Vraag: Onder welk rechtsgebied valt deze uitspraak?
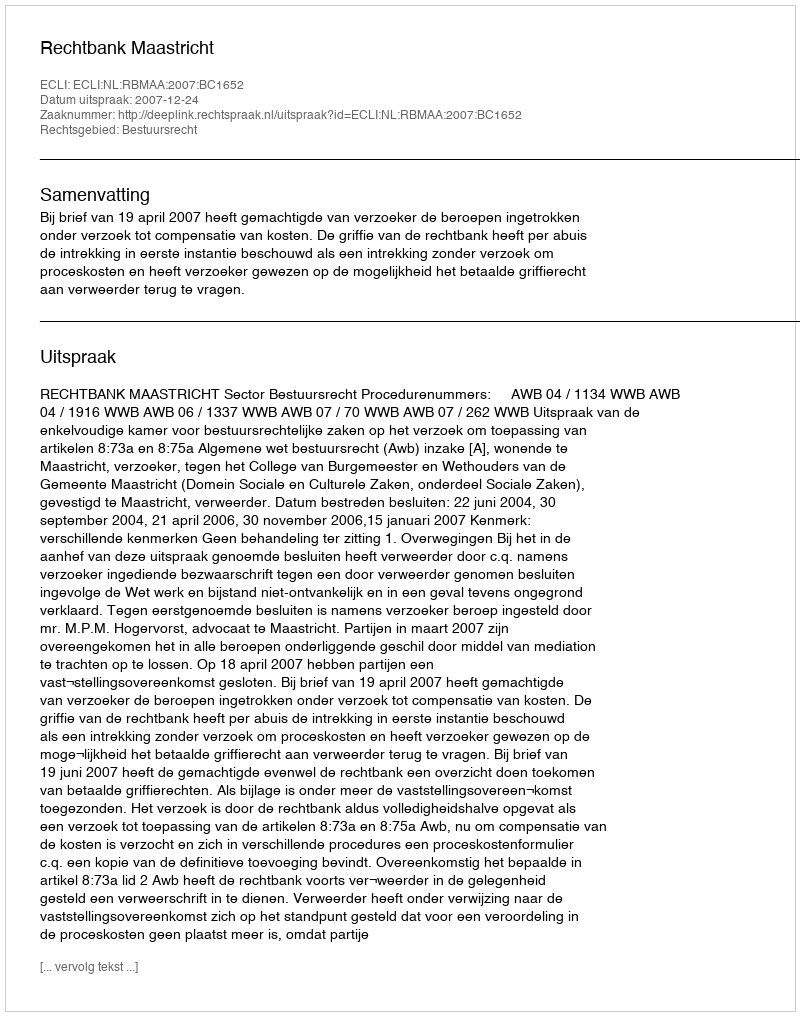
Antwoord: Bestuursrecht